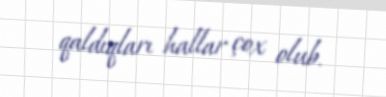
qaldıqları hallar çox olub.